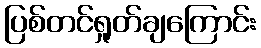
ပြစ်တင်ရှုတ်ချကြောင်း